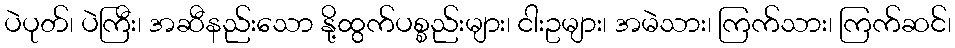
ပဲပုတ်၊ ပဲကြီး၊ အဆီနည်းသော နို့ထွက်ပစ္စည်းများ၊ ငါးဥများ၊ အမဲသား၊ ကြက်သား၊ ကြက်ဆင်၊